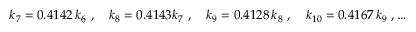
k _ { 7 } = 0 . 4 1 4 2 \, k _ { 6 } \ , \quad k _ { 8 } = 0 . 4 1 4 3 k _ { 7 } \ , \quad k _ { 9 } = 0 . 4 1 2 8 \, k _ { 8 } \ , \quad k _ { 1 0 } = 0 . 4 1 6 7 \, k _ { 9 } \ , \ldots